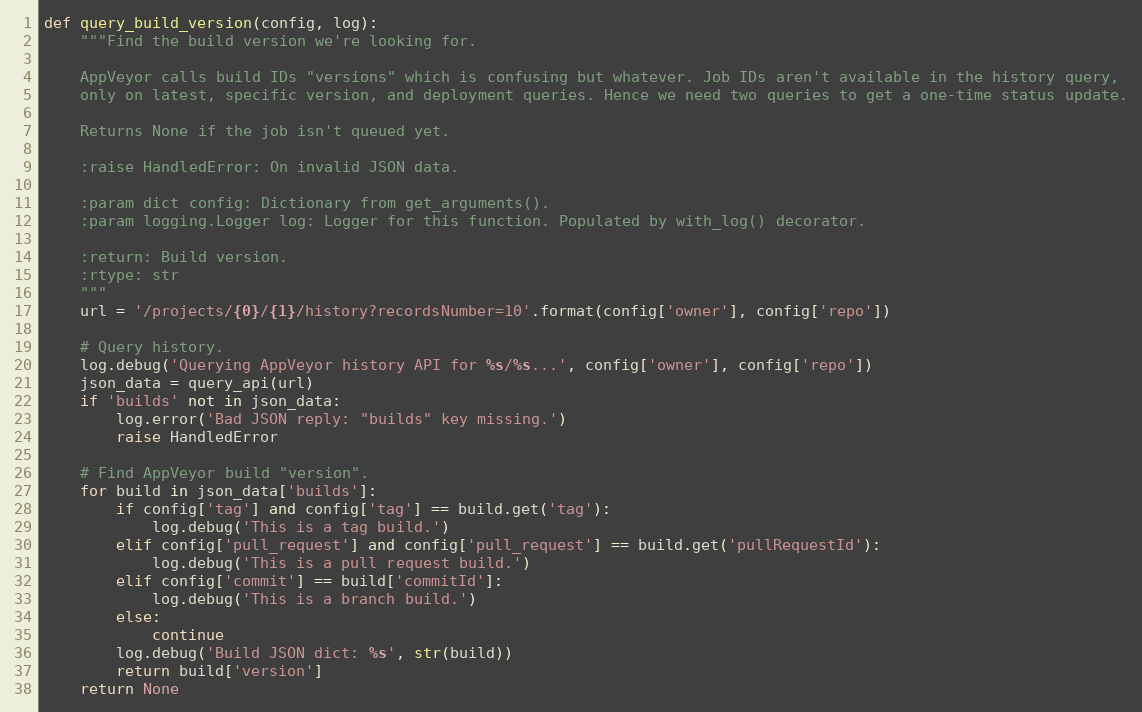
Language: Python
def query_build_version(config, log):
    """Find the build version we're looking for.

    AppVeyor calls build IDs "versions" which is confusing but whatever. Job IDs aren't available in the history query,
    only on latest, specific version, and deployment queries. Hence we need two queries to get a one-time status update.

    Returns None if the job isn't queued yet.

    :raise HandledError: On invalid JSON data.

    :param dict config: Dictionary from get_arguments().
    :param logging.Logger log: Logger for this function. Populated by with_log() decorator.

    :return: Build version.
    :rtype: str
    """
    url = '/projects/{0}/{1}/history?recordsNumber=10'.format(config['owner'], config['repo'])

    # Query history.
    log.debug('Querying AppVeyor history API for %s/%s...', config['owner'], config['repo'])
    json_data = query_api(url)
    if 'builds' not in json_data:
        log.error('Bad JSON reply: "builds" key missing.')
        raise HandledError

    # Find AppVeyor build "version".
    for build in json_data['builds']:
        if config['tag'] and config['tag'] == build.get('tag'):
            log.debug('This is a tag build.')
        elif config['pull_request'] and config['pull_request'] == build.get('pullRequestId'):
            log.debug('This is a pull request build.')
        elif config['commit'] == build['commitId']:
            log.debug('This is a branch build.')
        else:
            continue
        log.debug('Build JSON dict: %s', str(build))
        return build['version']
    return None